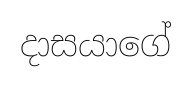
දාසයාගේ